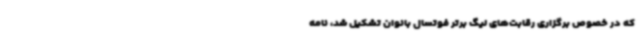
که در خصوص برگزاری رقابت‌های لیگ برتر فوتسال بانوان تشکیل شد، نامه